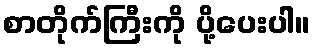
စာတိုက်ကြီးကို ပို့ပေးပါ။